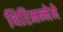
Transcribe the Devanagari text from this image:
थिरिमन्नेने